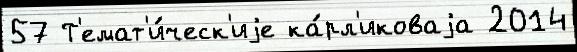
57 Т'емат'и́ческ'иjе ка́рл'иковаjа 2014